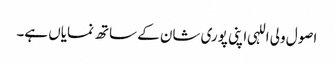
اصول ولی اللہی اپنی پوری شان کے ساتھ نمایاں ہے۔